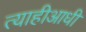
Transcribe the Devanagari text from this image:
त्याहीआधी